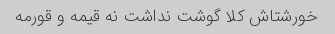
خورشتاش کلا گوشت نداشت نه قیمه و قورمه